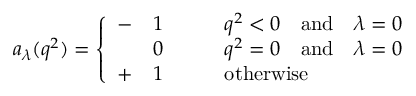
a _ { \lambda } ( q ^ { 2 } ) = \left\{ \begin{array} { l l l } { { - } } & { { 1 } } & { { \qquad q ^ { 2 } < 0 \quad \mathrm { a n d } \quad \lambda = 0 } } \\ { { } } & { { 0 } } & { { \qquad q ^ { 2 } = 0 \quad \mathrm { a n d } \quad \lambda = 0 } } \\ { { + } } & { { 1 } } & { { \qquad \mathrm { o t h e r w i s e } } } \end{array} \right.